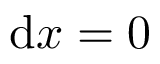
\mathrm { d } x = 0